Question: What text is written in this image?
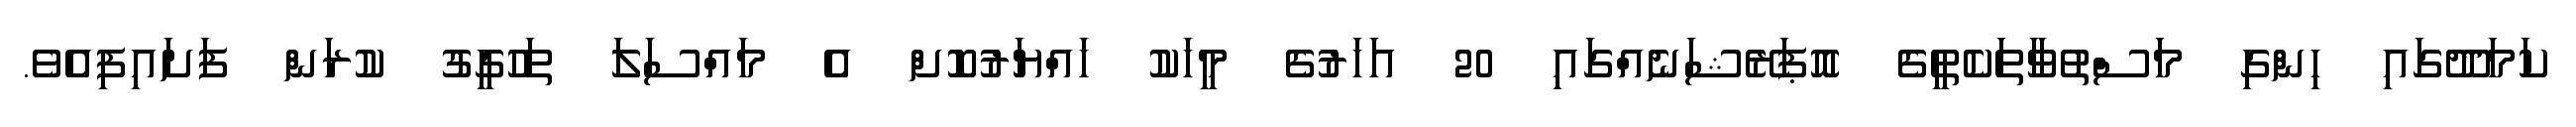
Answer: ކަމަދޫގައި ހިންގި މަސްތުވާތަކެތީގެ އޮޕަރޭޝަނެއްގައި 20 އަހަރުގެ މީހަކު ހައްޔަރުކޮށް އެ މައްސަލަ ތަހުގީގު ކުރަން ފަށައިފިއެވެ.